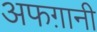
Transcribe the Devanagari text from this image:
अफग़ानी